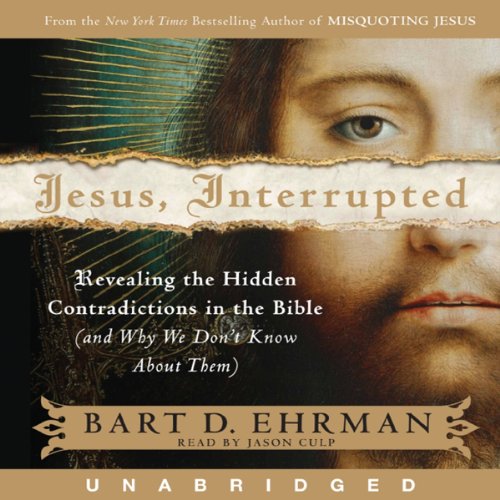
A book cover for Jesus, Interrupted: Revealing the Hidden Contradictions in the Bible; Bart D. Ehrman; Christian Books & Bibles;